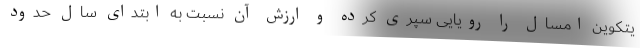
یتکوین امسال را رویایی سپری کرده و ارزش آن نسبت به ابتدای سال حدود